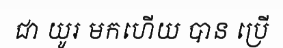
ជា យូរ មកហើយ បាន ប្រើ